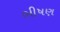
ભીષણ